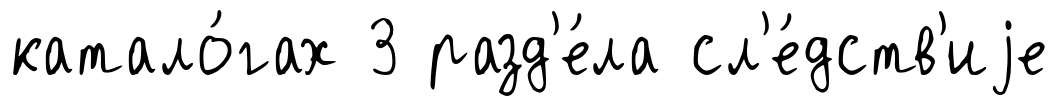
катало́гах 3 разд'е́ла сл'е́дств'иjе